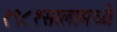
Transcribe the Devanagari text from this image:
१९८१सालामध्ये